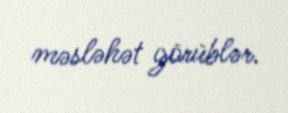
məsləhət görüblər.